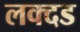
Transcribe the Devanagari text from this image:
लक्दड